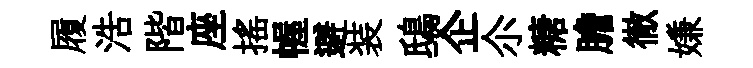
履浩階座摇幄避装鴟企尒糖膽徹嫌